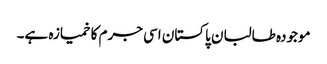
موجودہ طالبان پاکستان اسی جرم کا خمیازہ ہے۔